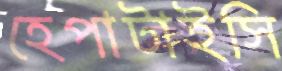
হেপাটাইসি